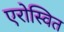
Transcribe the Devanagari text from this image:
एरोस्वित